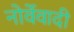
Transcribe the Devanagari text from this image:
नोर्वेवादी